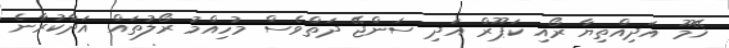
ޚޭމޫ އަދިއްތިޔާ ރޯއި ކަޕޫރް އަދި ސަންޖޭ ދަތްވެސް މުހިއްމު ރޯލުތައް އަދާކުރާނެ